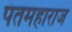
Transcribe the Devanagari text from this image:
पंतमहाराज